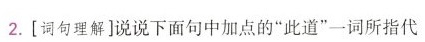
2.[词句理解]说说下面句中加点的”此道”一词所指代